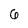
Character: 6